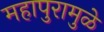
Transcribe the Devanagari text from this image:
महापुरामुळे